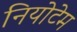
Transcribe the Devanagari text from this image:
नियोटेम